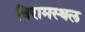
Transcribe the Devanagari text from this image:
विरामस्थल